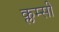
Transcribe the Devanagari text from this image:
क्लम्सी